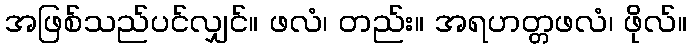
အဖြစ်သည်ပင်လျှင်။ ဖလံ၊ တည်း။ အရဟတ္တဖလံ၊ ဖိုလ်။